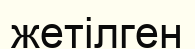
жетілген